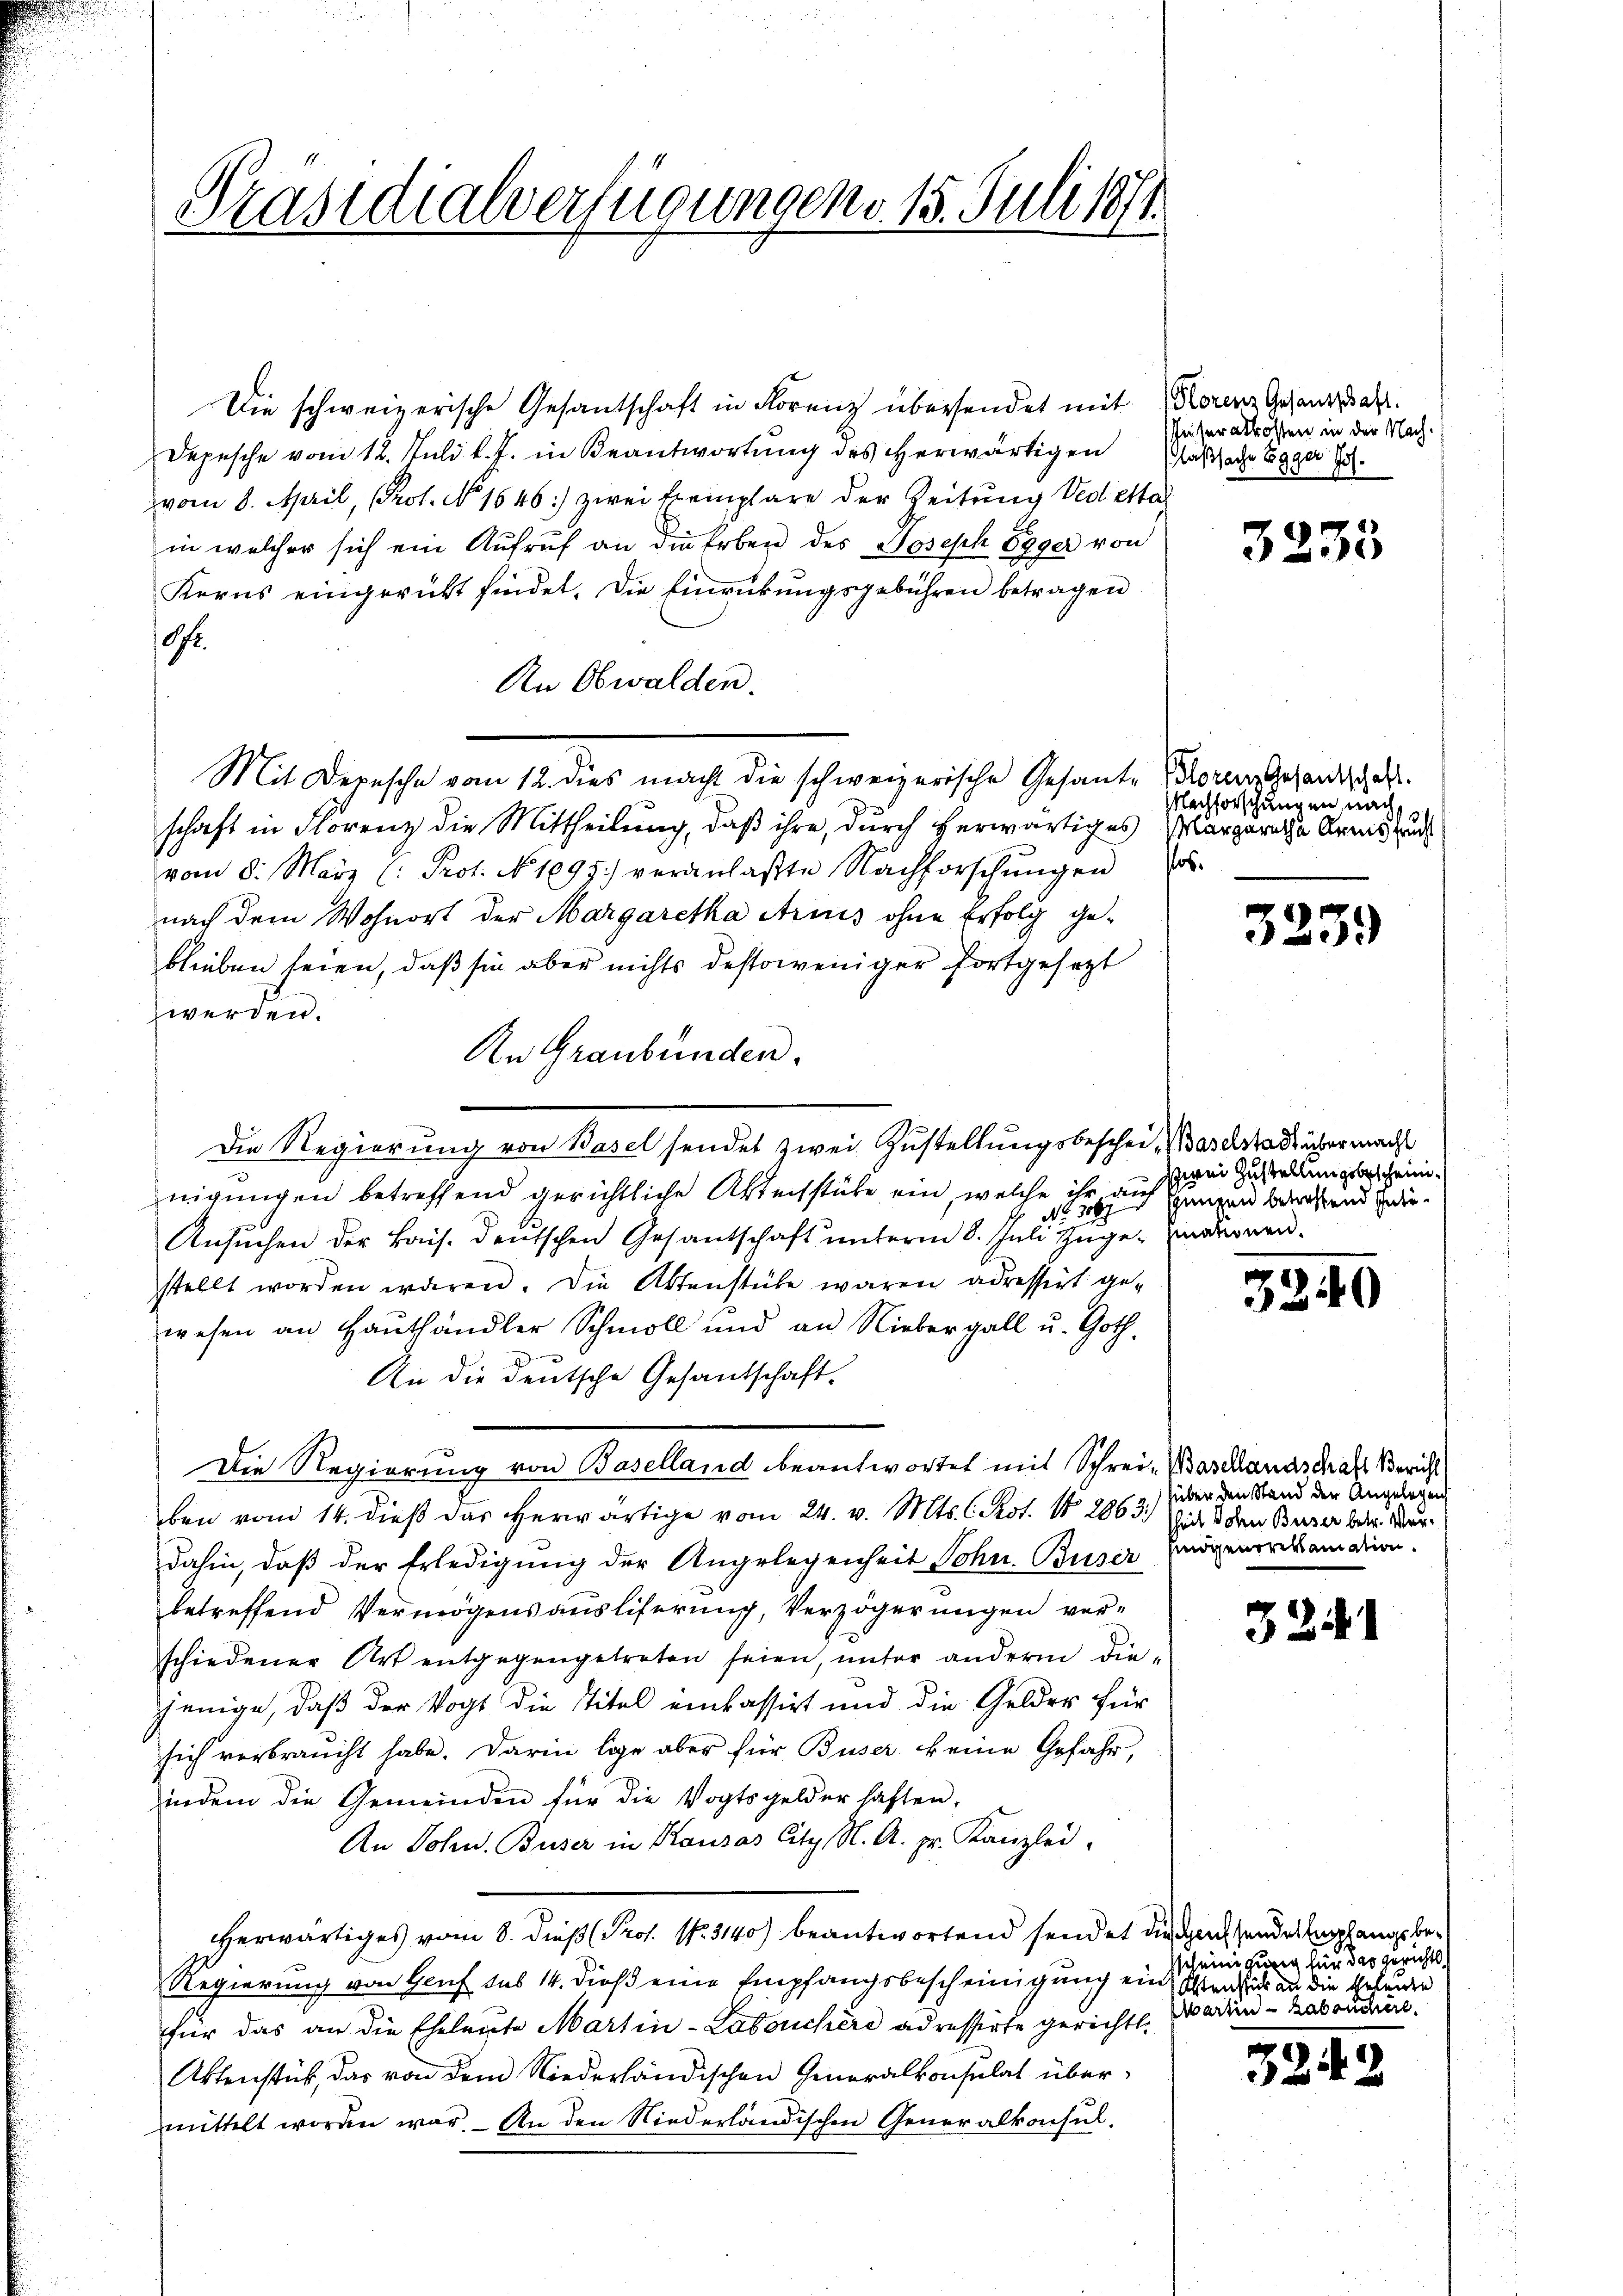
Die schweizerische Gesantschaft in Florenz übersendet mit
Depesche vom 12. Juli l. J. in Beantwortung des Herwärtigen
vom 8. April, Prot. No 1646: zwei Exemplare der Zeitung Vedetta
in welcher sich ein Aufruf an die Erben des Joseph Egger von
Kerns eingericht findet. Die Einrückungsgebühren betragen
Ofr.
An Obwalden.
Mit Depesche vom 12. dies macht die schweizerische Gesante Floren Gesandtschaft.
schaft in Florenz die Mittheilung, daß ihre, durch herwärtiges Margaretha Arms zu
vom 8. März (: Prot. No 1095.) veranlaßte Nachforschŭngen
nach dem Wohnort der Margaretha Arius ohne Erfolg geblieben seien, daß sie aber nichts destoweniger fortgesetzt
werden.
An Graubünden.
Die Regierung von Basel sendet zwei Zustellungsbeschei, Baselstadt über macht
nigungen betreffend gerichtliche Aktechstäbe ein, welche ihr auf Zimmend betreffend zedie¬
Nr. 309
Ansuchen der Bais. deutschen Gesantschaft unterm 8. Juli Zuge. Eindernenstellt worden wären. Die Aktenstube waren adressirt gewesen an Haushändler Schmoll und an Niebergall u. Goth.
An die deutsche Gesandschaft.
Die Regierung von Baselland beantwortet mit Schrei- Waschlandschaft Bericht
ben vom 14. dieß das herwärtige vom 24. v. Mts. C. Rot. No 2063.) Sie d den Buser betr. Verdahin, daß der Erledigung der Angelegenheit Sohn. Buser
betreffend Vermögensausliferung, Verzögerungen ver-
schiedener Art entgegengetreten seien, unter andern diejenige, daß der Vogt die Titel einkassirt und die Gelder für
sich verbraucht habe. Darin lege aber für Buser keine Gefahr,
indem die Gemeinden für die Vogtsgelder haften,
An Sohn. Buser in Kausas City N. A. pr. Kanzlei.
Herwärtiges vom 8. dieß (Prof. N. 3140) beantwortend sendet die sechsendes Empfangsbe¬
Regierung von Genf sub 14. dieß eine Empfangsbescheinigung ein
für das an die Eheleute Martin-Labouchere adressirte gerichtl. Marien-Rabondere,
Aktenstück, das von dem Niederländischen Generalkonsulat übermittelt worden war. An den Niederländischen Generalkonsul-

Präsidialverfügungen d. 15. Juli 1891

Horenz Gesandschaft.
eisteralkosten in der Nach-
aßsache Egger Jos.

3233

Nachforschungen nach,
sos.

1
3.

zwei Zustellungsbescheini¬

3240

über den Stand der Angelegen
Eidgenoreklamation.

3241

scheinigung für das gerichts
Olten sich an die Eheleute

32.

2